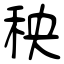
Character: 秧